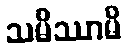
သမိဿာမိ